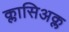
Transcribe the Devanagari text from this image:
क्लासिअक्ल